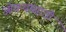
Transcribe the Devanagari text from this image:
ओवऱ्यासाठी